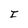
Character: C